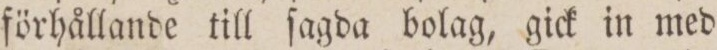
förhållande till ſagda bolag, gick in med